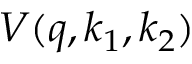
V ( q , k _ { 1 } , k _ { 2 } )